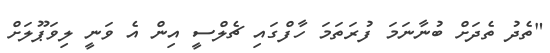
"ތެދު ތެދަށް ބުނާނަމަ ފުރަތަމަ ހާފްގައި ޗެލްސީ އިން އެ ވަނީ ލިވަޕޫލަށް